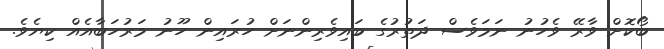
ބޯކޮށް ވާރޭ ވެހުނު ނަމަވެސް ދަތުރުގެ ބައިވެރިންނަށް ހުރައިން ހޫނު މަރުހަބާއެއް ކިޔެވެ.